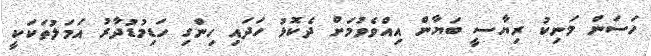
ހަސަން މަނިކު ރިޔާސީ ބަޔާން އިއްވެވުމަށް ދެކޮޅު ހަދައި ހިންގި ހަޑިމުޑުދާރު އަމަލުތަކަކީ